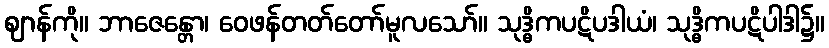
ဈာန်ကို။ ဘာဇေန္တော၊ ဝေဖန်တတ်တော်မူလသော်။ သုဒ္ဓိကပဋိပဒါယံ၊ သုဒ္ဓိကပဋိပါဒါ၌။